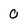
Character: 0